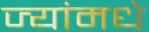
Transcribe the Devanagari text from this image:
ज्यांमधे